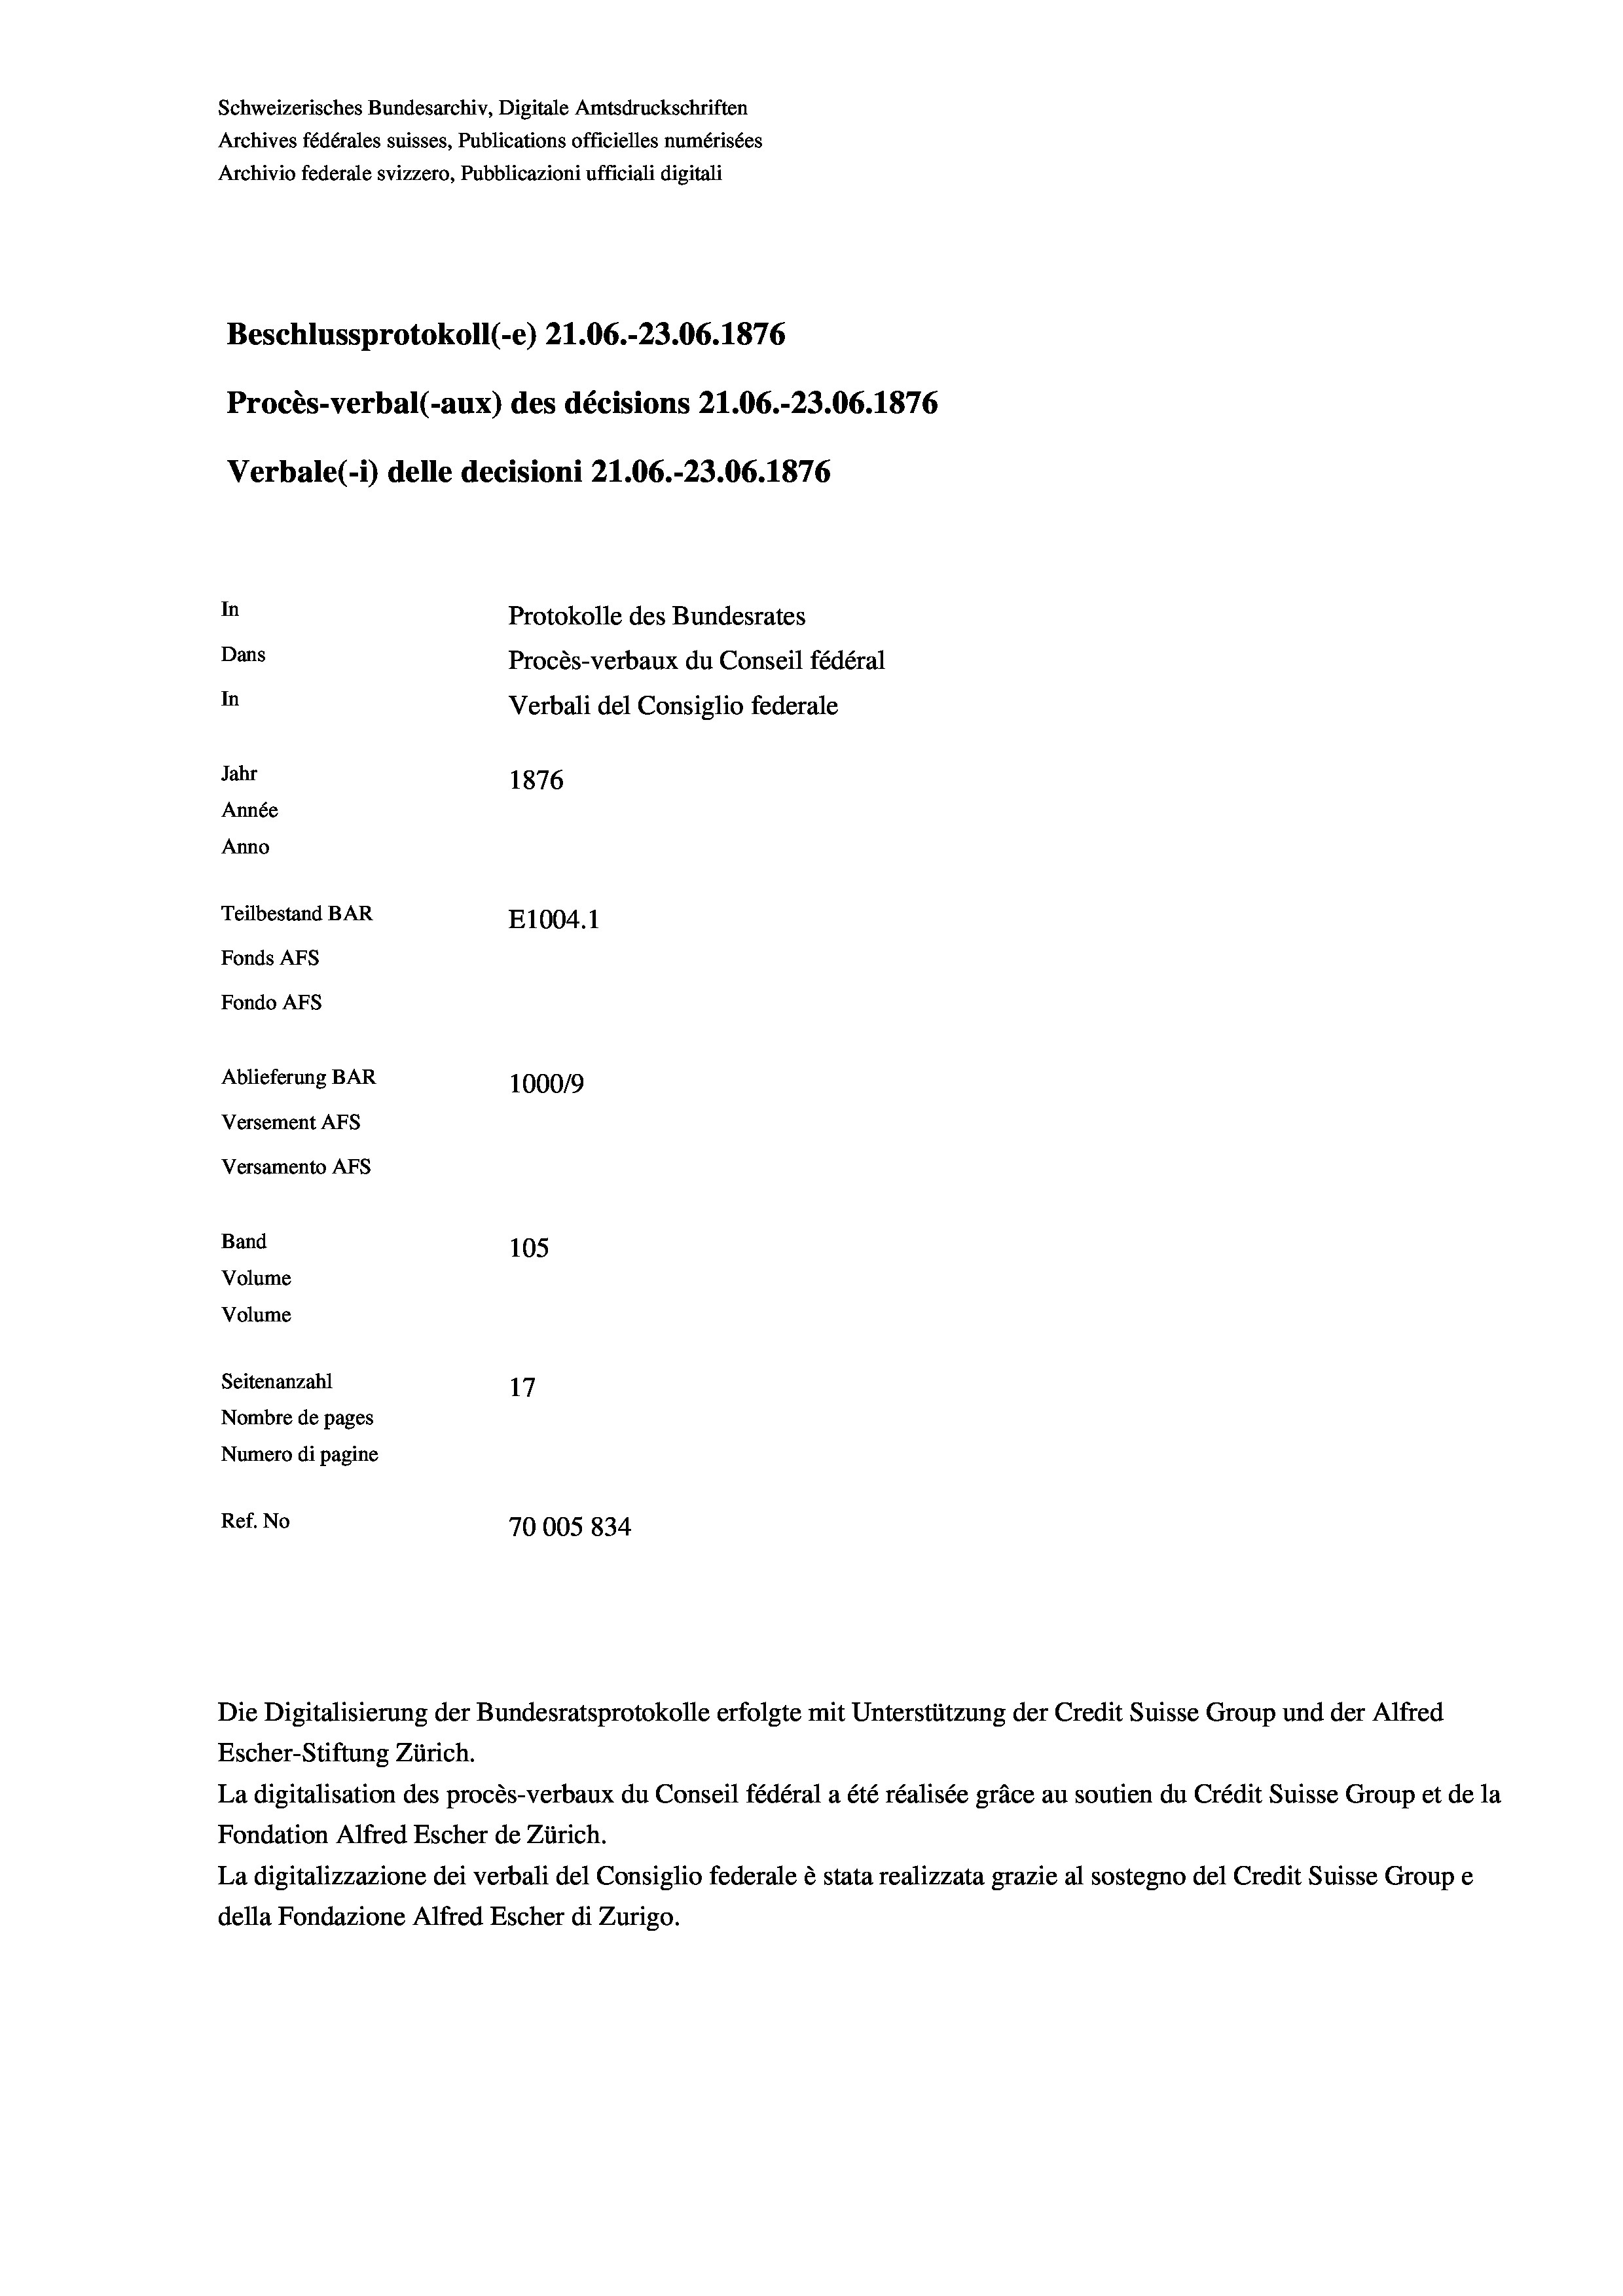
Schweizerisches Bundesarchiv, Digitale Amtsdruckschriften
Archives fédérales suisses, Publications officielles numérisées
Archivio federale svizzero, Pubblicazioni ufficiali digitali
Beschlussprotokoll (-e) 21.06.-23.06. 1876
Procès-verbal (-aux) des décisions 21.06.-23.06. 1876
Verbale (- 1) delle decisioni 21.06.-23.06. 1876
In
Protokolle des Bundesrates
Dans
Procès-verbaux du Conseil fédéral
In
Verbali del Consiglio federale
Jahr
1876
Année
Anno
Teilbestand BAR
E1004.1
Fonds AFs
Fondo Afs
Ablieferung BAR
100019
Versement AFs
Versamento AFs
Band
105

Seitenanzahl
17
Nombre de pages
Numero di pagine
Ref. No
70005 834

Volume
Volume

Die Digitalisierung der Bundesratsprotokolle erfolgte mit Unterstützung der Credit Suisse Group und der Alfred

Escher-Stiftung Zürich.
La digitalisation des procès-verbaux du Conseil fédéral a été réalisée gräce au soutien du Crédit Suisse Group et de la
Fondation Alfred Escher de Zürich.
La digitalizzazione dei verbali del Consiglio federale è stata realizzata grazie al sostegno del Credit Suisse Groupe
della Fondazione Alfred Escher di Zurigo.